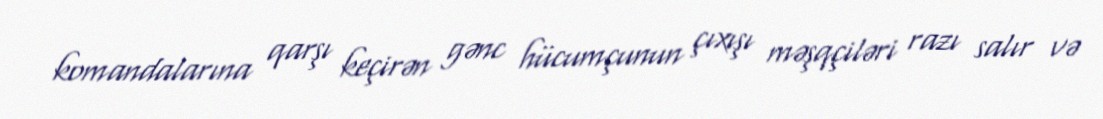
komandalarına qarşı keçirən gənc hücumçunun çıxışı məşqçiləri razı salır və